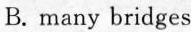
B. many bridges